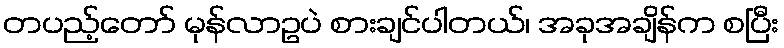
တပည့်တော် မုန်လာဥပဲ စားချင်ပါတယ်၊ အခုအချိန်က စပြီး